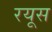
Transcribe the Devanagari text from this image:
रयूस